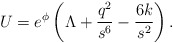
\begin{align*}U = e^{\phi}\left( \Lambda + \frac{q^2}{s^6} -\frac{6k}{s^2}\right).\end{align*}